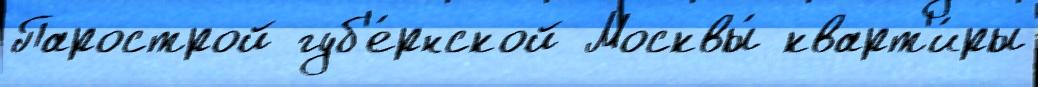
Парострой губ'е́рнской Москвы́ кварт'и́ры